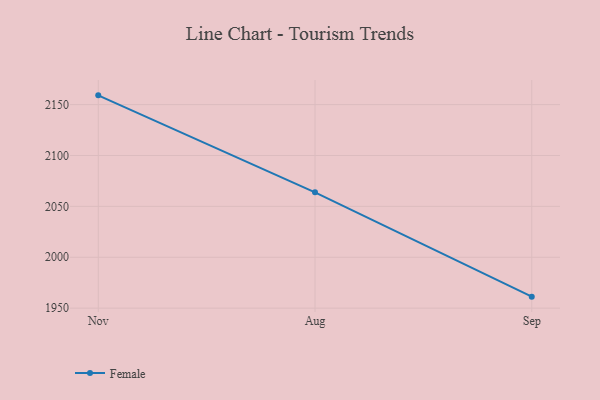
{"axis": {"x": "Month", "y": "Production Output"}, "legend": ["Female"], "data": [{"x": "Nov", "y": 2159.1, "type": "Female"}, {"x": "Aug", "y": 2063.8, "type": "Female"}, {"x": "Sep", "y": 1961.3, "type": "Female"}]}